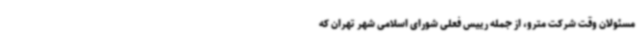
مسئولان وقت شرکت مترو، از جمله رییس فعلی شورای اسلامی شهر تهران که